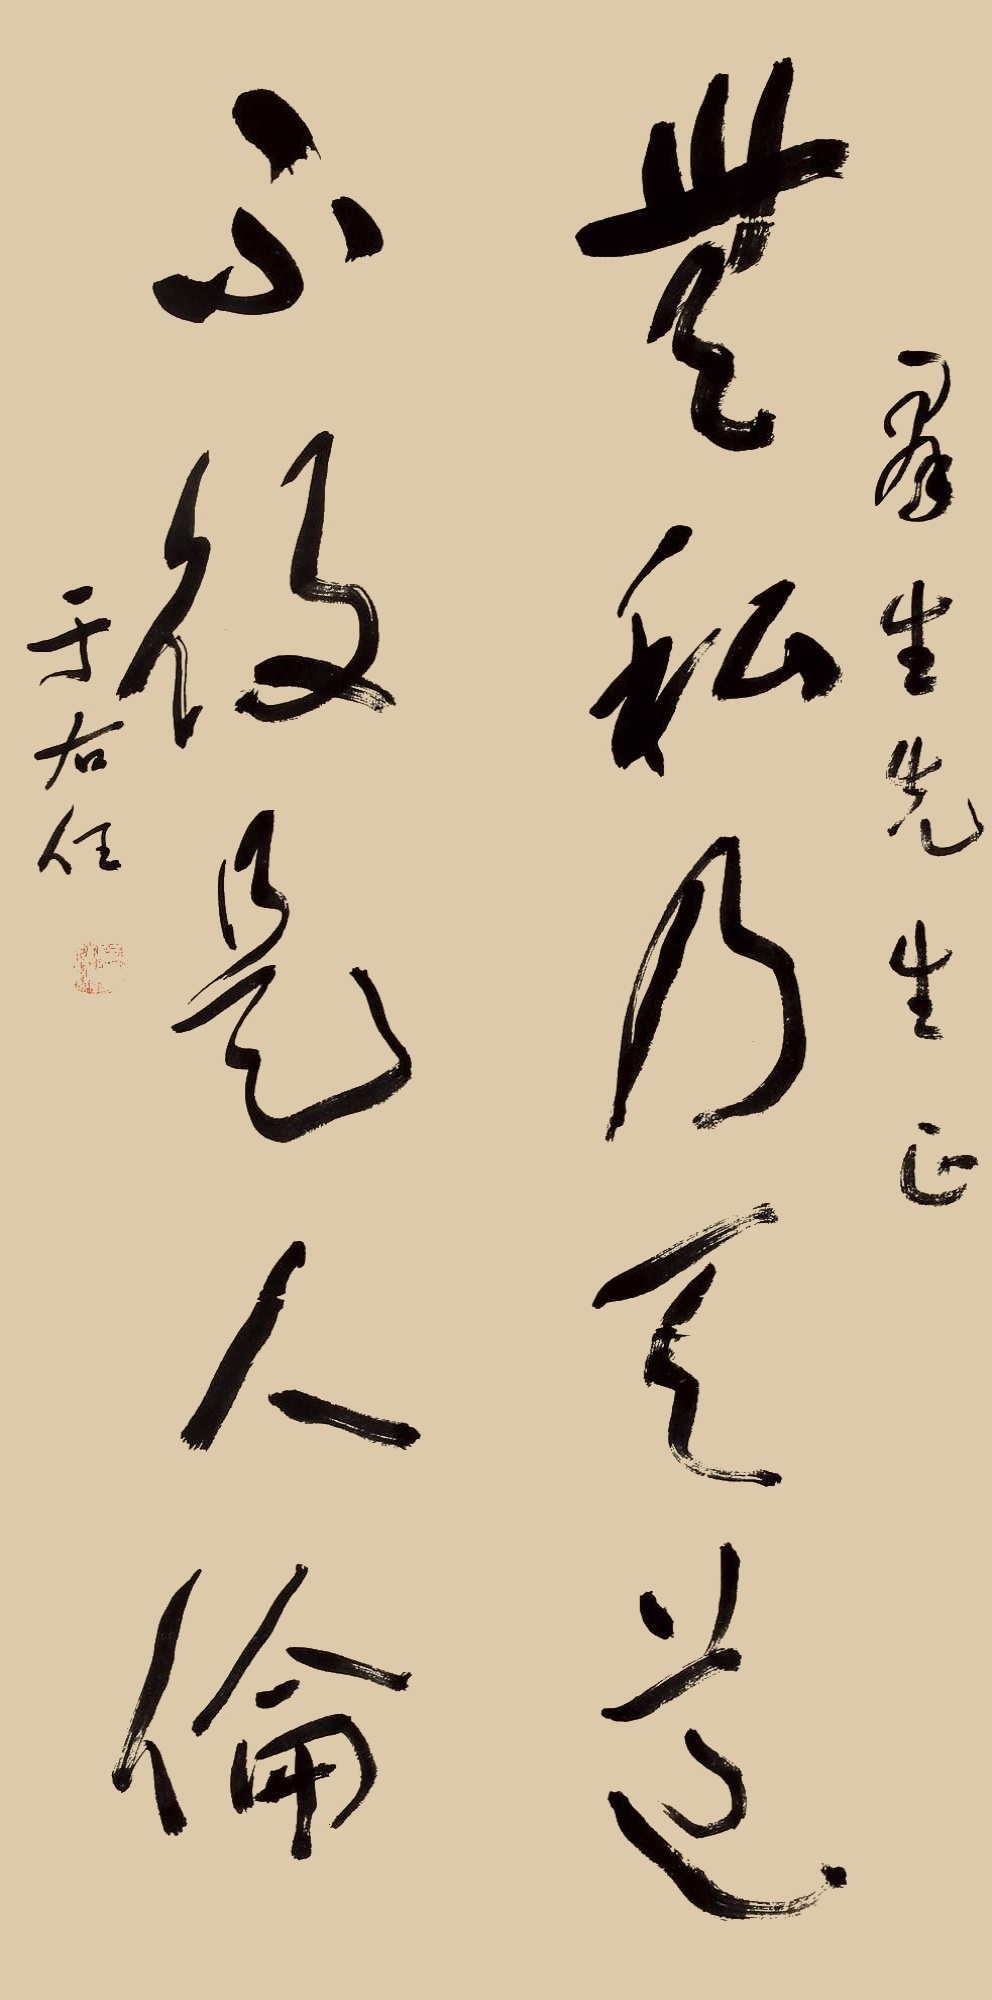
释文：无私乃天道，不役是人伦。群生先生正，于右任。